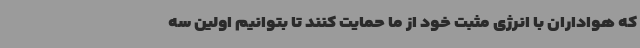
که هواداران با انرژی مثبت خود از ما حمایت کنند تا بتوانیم اولین سه